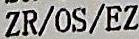
ZR/OS/EZ